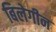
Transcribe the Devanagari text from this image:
बिलेगीन